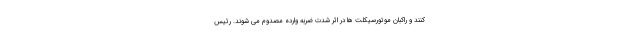
کنند و راکبان موتورسیکلت ها در اثر شدت ضربه وارده مصدوم می شوند. رئیس